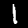
Digit: 1